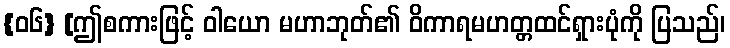
{၀၆} [ဤစကားဖြင့် ဝါယော မဟာဘုတ်၏ ဝိကာရမဟတ္တထင်ရှားပုံကို ပြသည်၊